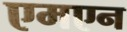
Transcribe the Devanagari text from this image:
एमएन